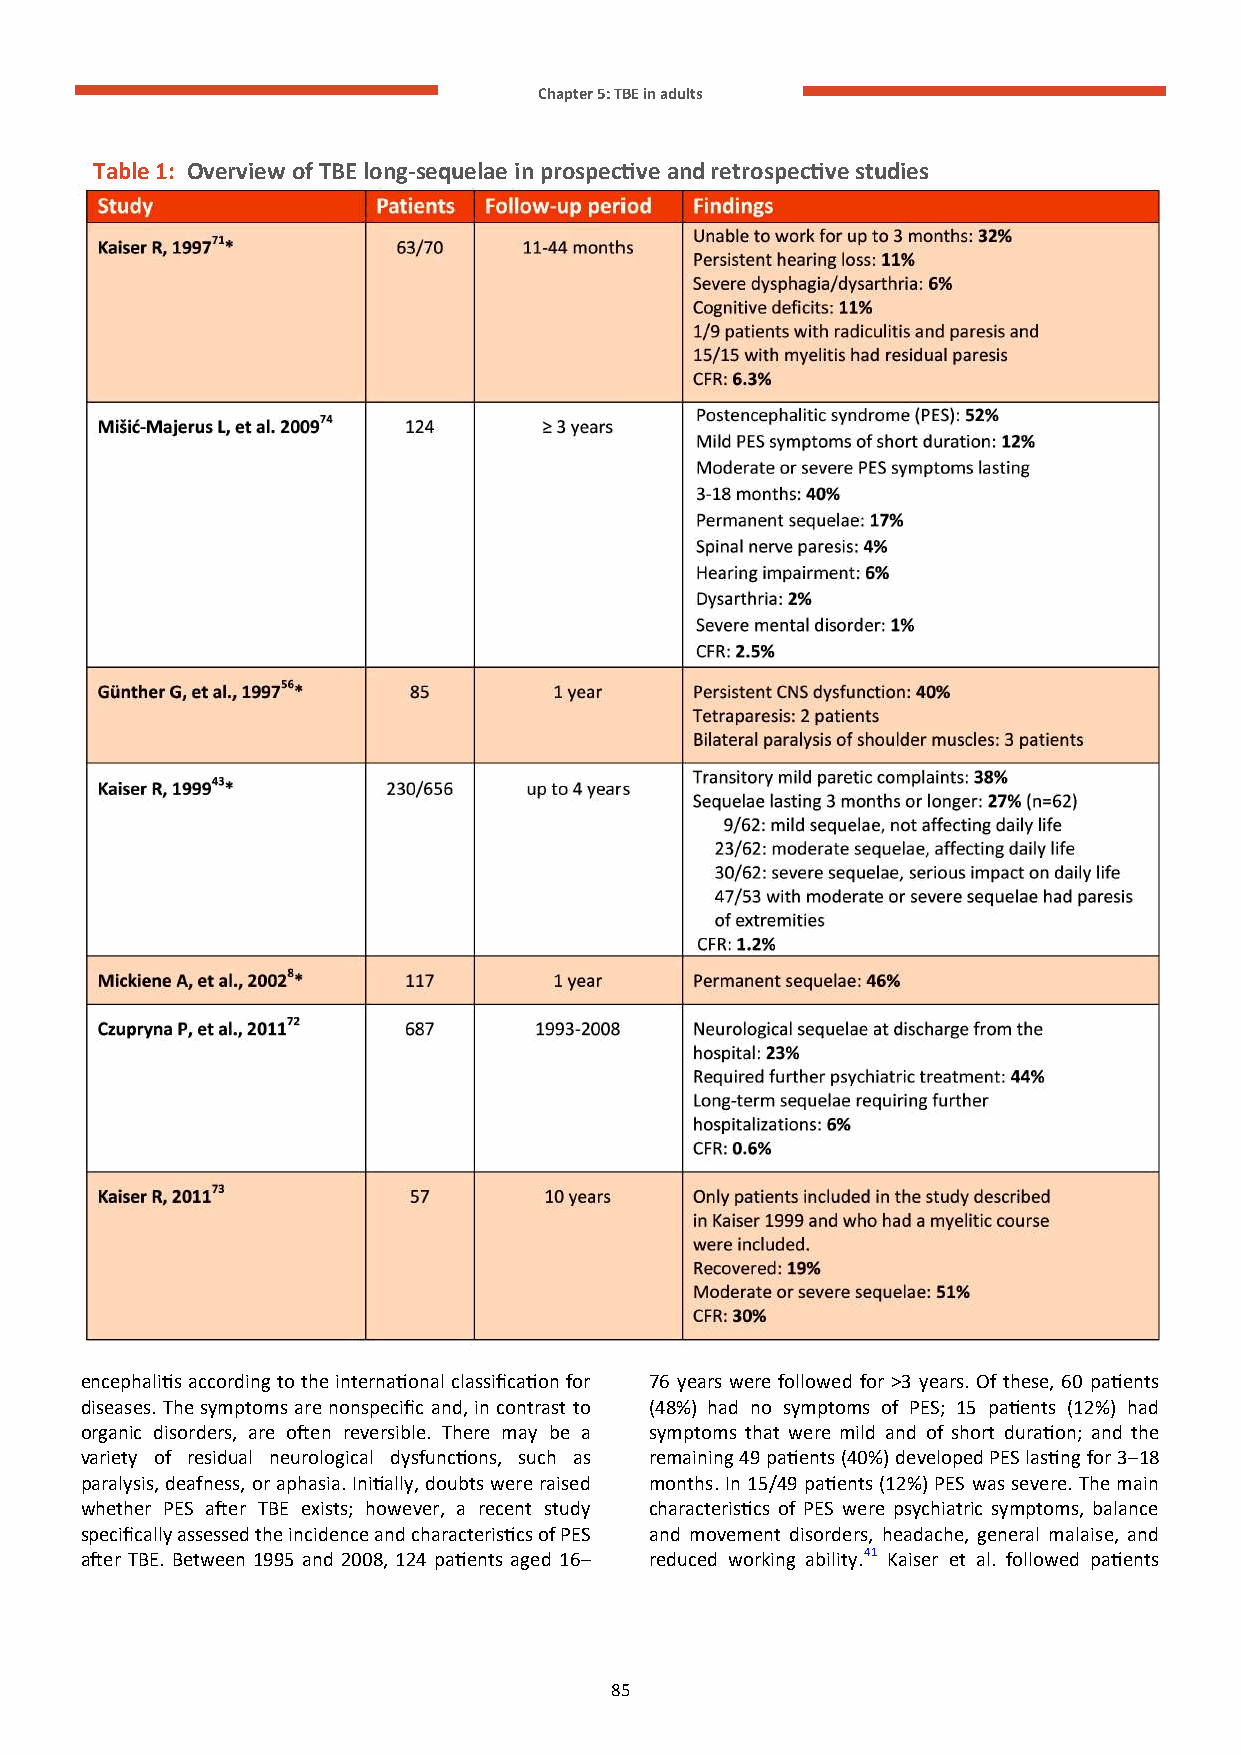
Chapter 5: TBE in adults
 Table 1: Overview of TBE long-sequelae in prospective and retrospective studies
 encephalitis according to the international classification for 76 years were followed for >3 years. Of these, 60 patients
 diseases. The symptoms are nonspecific and, in contrast to (48%) had no symptoms of PES; 15 patients (12%) had
 organic disorders, are often reversible. There may be a symptoms that were mild and of short duration; and the
 variety of residual neurological dysfunctions, such as remaining 49 patients (40%) developed PES lasting for 3–18
 paralysis, deafness, or aphasia. Initially, doubts were raised months. In 15/49 patients (12%) PES was severe. The main
 whether PES after TBE exists; however, a recent study characteristics of PES were psychiatric symptoms, balance
 specifically assessed the incidence and characteristics of PES and movement disorders, headache, general malaise, and
 after TBE. Between 1995 and 2008, 124 patients aged 16– reduced working ability.41 Kaiser et al. followed patients
 85